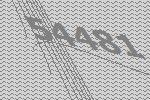
54481